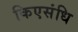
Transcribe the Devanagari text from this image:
किएसंधि